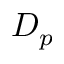
D _ { p }